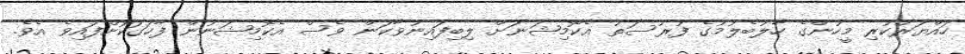
ހައްޔަރުކުރި މީހުންގެ ހާލުބެލުމުގެ ފުރުސަތު އެކޮމިޝަނަށް ލިބިފައިނުވާކަން ވެސް އެކޮމިޝަނުން ފާހަގަކޮށްފައިވެ އެވެ.